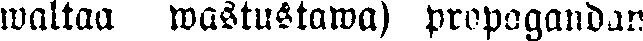
waltaa wastustawa) propagandan